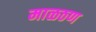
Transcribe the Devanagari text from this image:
माळठण